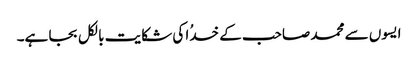
ایسوں سے محمد صاحب کے خدُا کی شکایت بالکل بجا ہے۔